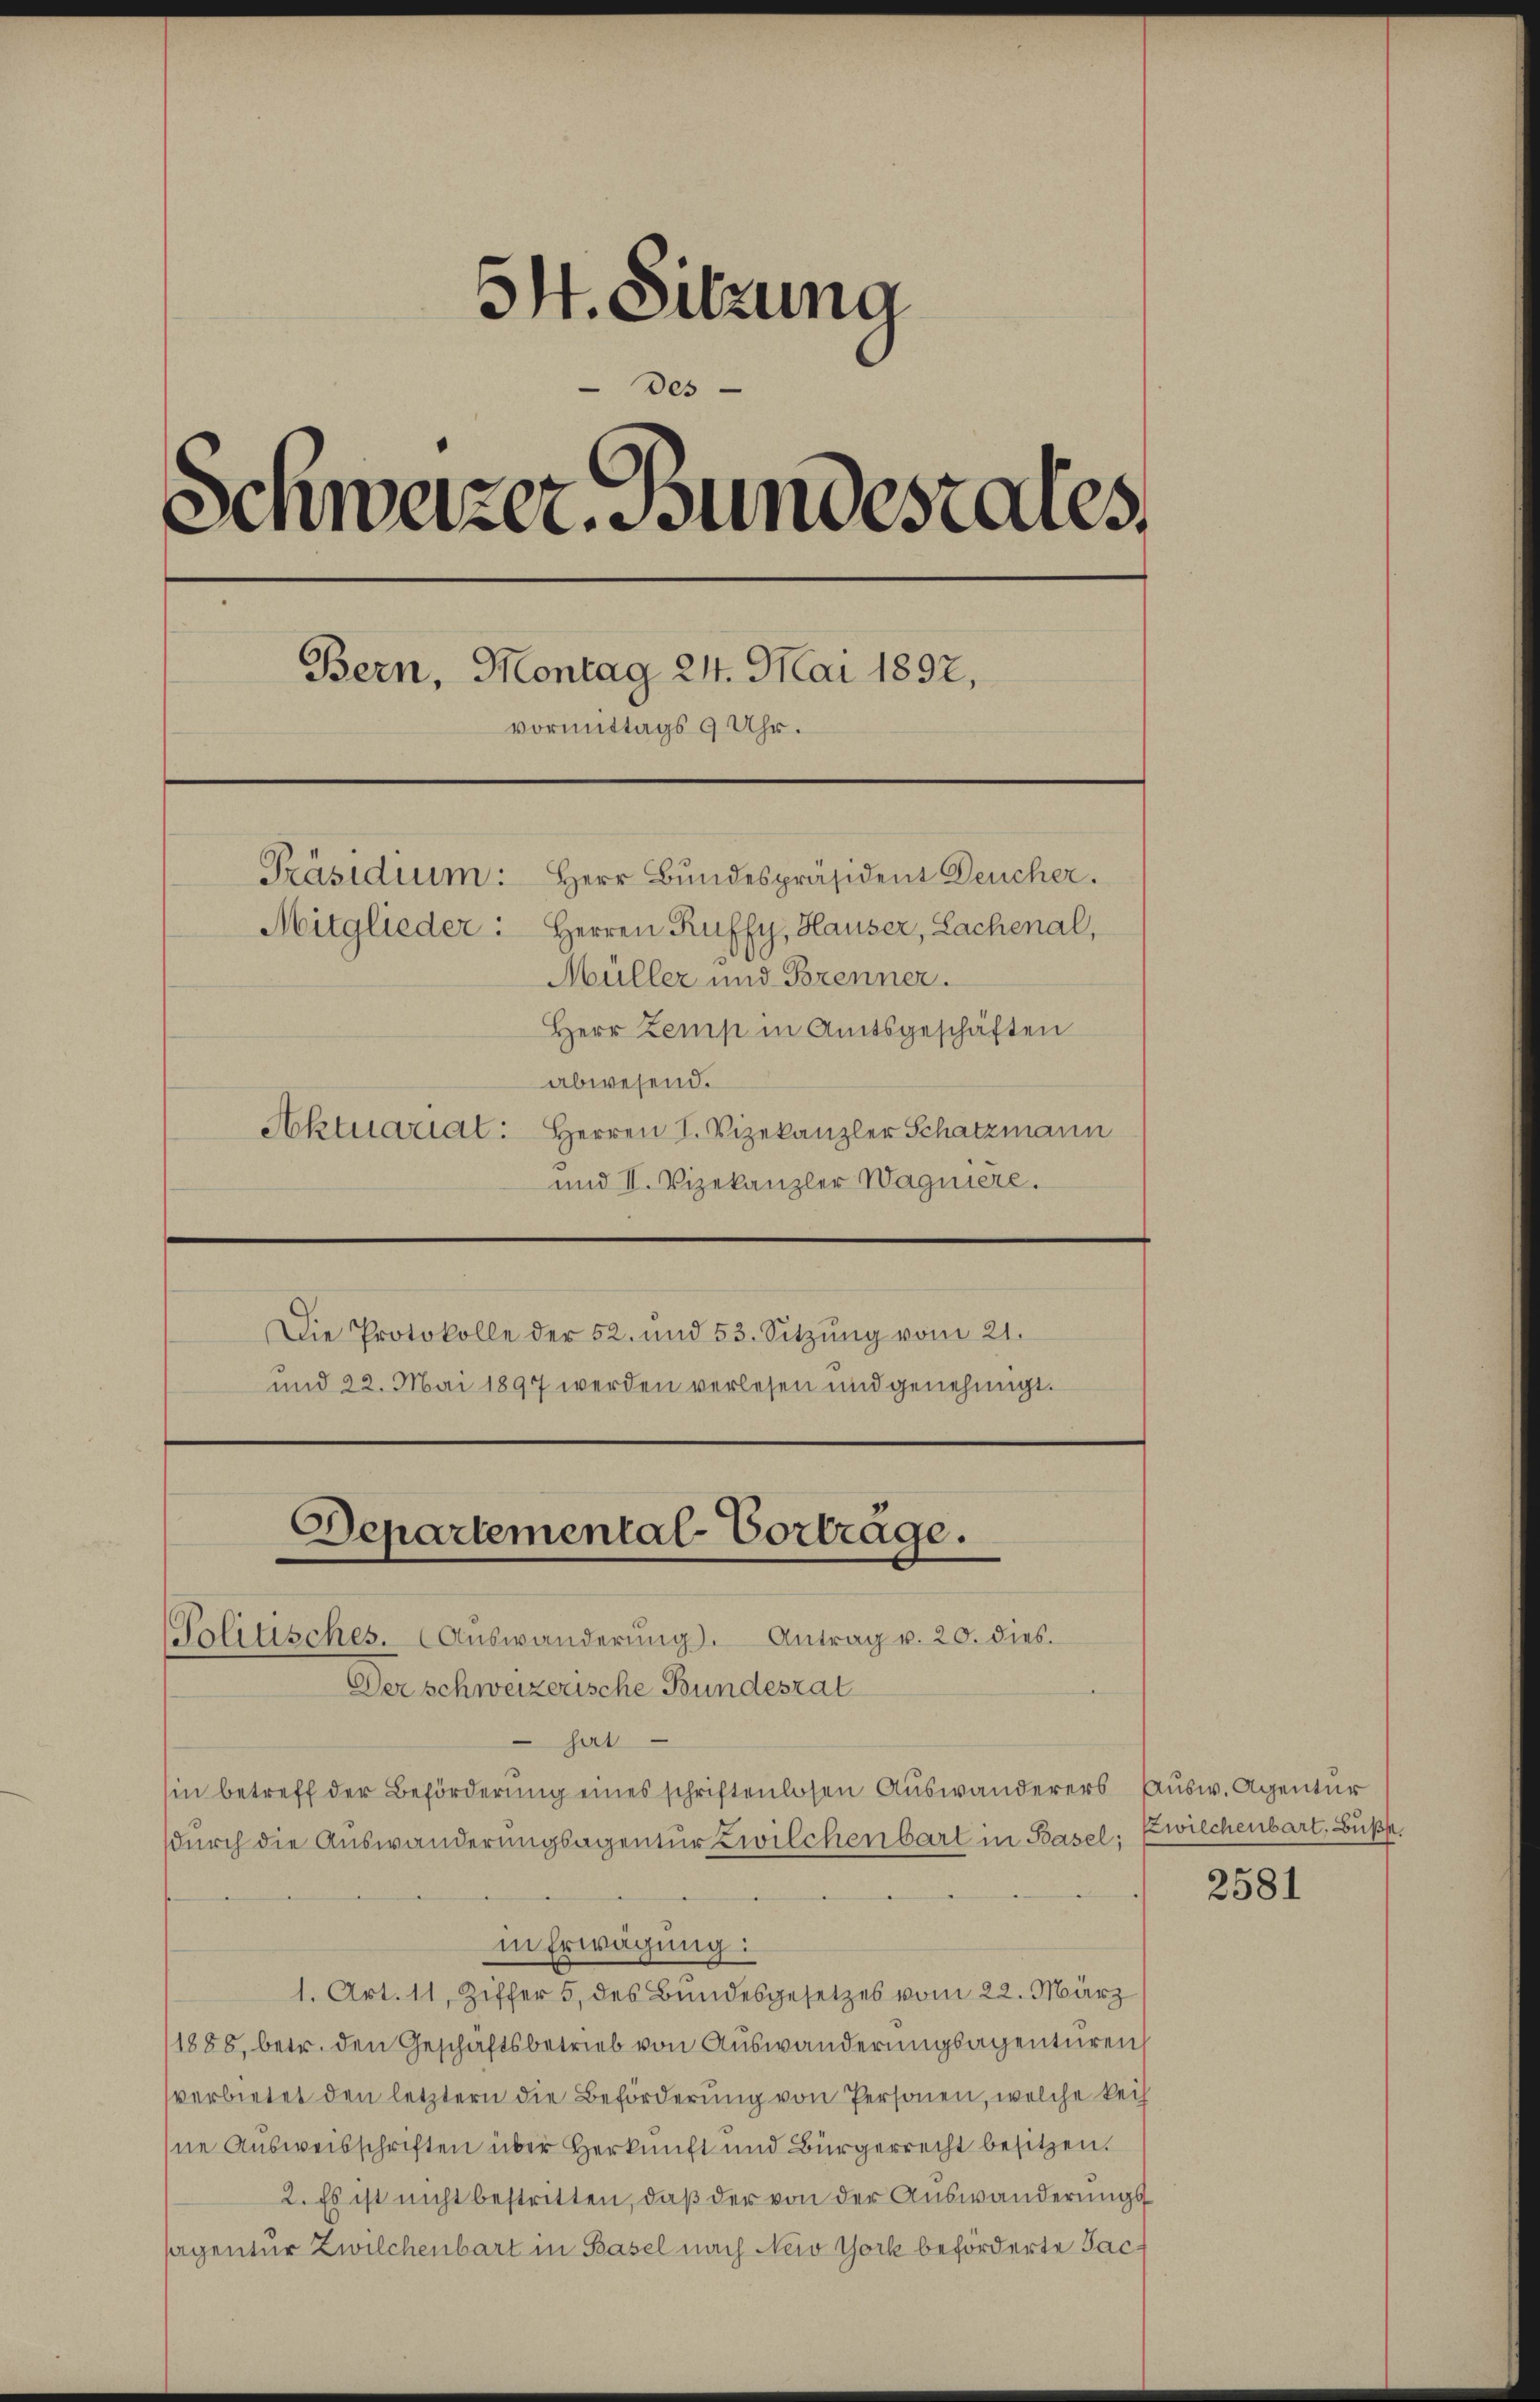
54. Sitzung
des
Schwazer Bundesrates.
Bern, Montag 24. Mai 1892,
vormittags 9 Uhr.
Präsidium: Herr Bundespräsident Deucher.
Mitglieder: Herren Ruffy, Hauser, Lachenal,
Müller und Brenner.
Herr Zemp in Amtsgeschäften

abwesend.
Aktuariat: Herren I. Vizekanzler Schatzmann
und II. Vizekanzler Wagniere.
Die Protokolle der 52. und 53. Sitzŭng vom 21.
und 22. Mai 1897 werden verlesen und genehmigt.

Departemental-Vorträge.
Paolitisches. (Auswanderŭng. Antrag u. 20. dies.
Der schweizerische Bundeszat

hat
hin betreff der Beförderung eines schriftenlosen Auswanderers Ausw. Agentur
durch die Auswanderungsagentur Zwilchenbart in Basel;
in Erwägung:
1. Art. 11, Ziffer 5. des Bundesgesetzes vom 22. März
1888, betr. den Geschäftsbetrieb von Auswanderungsagenturen
verbietet den letztern die Beförderŭng von Personen, welche Reih
ne Ausweisschriften über Herkunft und Bürgerrecht besitzen.
2. Es ist nicht bestritten, daß der von der Auswanderungssagentur Zwilchenbart in Basel nach New York beförderte Jac

Zwilchenbart. Buße.

2581